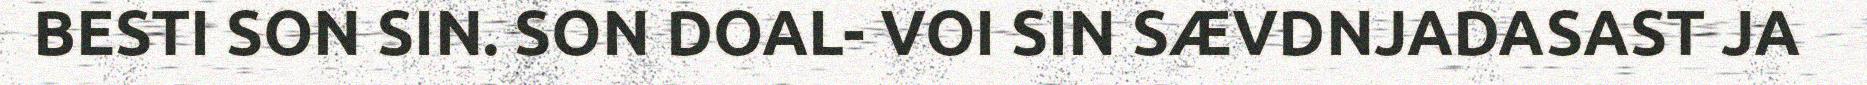
BESTI SON SIN. SON DOAL- VOI SIN SÆVDNJADASAST JA